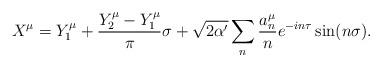
LaTeX: \begin{align*}X^\mu=Y_1^\mu+{Y_2^\mu-Y_1^\mu\over \pi}\sigma +\sqrt{2\alpha^\prime}\sum_n {a_n^\mu\over n} e^{-in\tau}\sin(n\sigma).\end{align*}